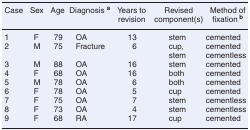
<table><thead><tr><td><b>Case</b></td><td><b>Sex</b></td><td><b>Age</b></td><td><b>Diagnosis <sup>a</sup></b></td><td><b>Years to revision</b></td><td><b>Revised component(s)</b></td><td><b>Method of fixation <sup>b</sup></b></td></tr></thead><tbody><tr><td>1</td><td>F</td><td>79</td><td>OA</td><td>13</td><td>stem</td><td>cemented</td></tr><tr><td>2</td><td>M</td><td>75</td><td>Fracture</td><td>6</td><td>cup, stem</td><td>cementedcementless</td></tr><tr><td>3</td><td>M</td><td>88</td><td>OA</td><td>16</td><td>stem</td><td>cemented</td></tr><tr><td>4</td><td>F</td><td>68</td><td>OA</td><td>16</td><td>both</td><td>cemented</td></tr><tr><td>5</td><td>M</td><td>78</td><td>OA</td><td>6</td><td>both</td><td>cemented</td></tr><tr><td>6</td><td>F</td><td>78</td><td>OA</td><td>5</td><td>cup</td><td>cemented</td></tr><tr><td>7</td><td>F</td><td>75</td><td>OA</td><td>7</td><td>stem</td><td>cementless</td></tr><tr><td>8</td><td>F</td><td>73</td><td>OA</td><td>4</td><td>stem</td><td>cementless</td></tr><tr><td>9</td><td>F</td><td>68</td><td>RA</td><td>17</td><td>cup</td><td>cemented</td></tr></tbody></table>